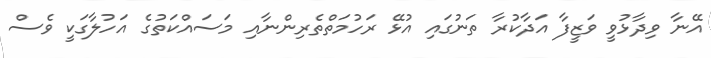
އޭނާ ވިދާޅުވީ ވަޒީފާ އަދާކުރާ ތަނުގައި އުޅޭ ރަހުމަތްތެރިންނާއި މަސައްކަތުގެ އަހުލާގަކީ ވެސް